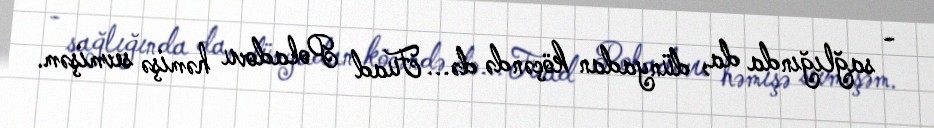
- sağlığında da, dünyadan köçəndə də... Fuad Poladovu həmişə sevmişəm.